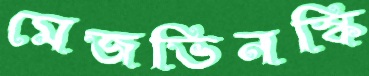
মেজভিনস্কি